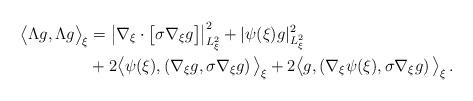
LaTeX: \begin{align*}\big<\Lambda g,\Lambda g\big>_{\xi}&=\big|\nabla_{\xi}\cdot\big[\sigma\nabla_{\xi}g\big]\big|^{2}_{L^{2}_{\xi}}+|\psi(\xi)g|^{2}_{L^{2}_{\xi}}\\&+2\big<\psi(\xi),\left( \nabla_{\xi}g, \sigma\nabla_{\xi}g\right)\big>_{\xi}+2\big<g ,\left(\nabla_{\xi}\psi(\xi), \sigma\nabla_{\xi}g\right)\big>_{\xi}\,.\end{align*}